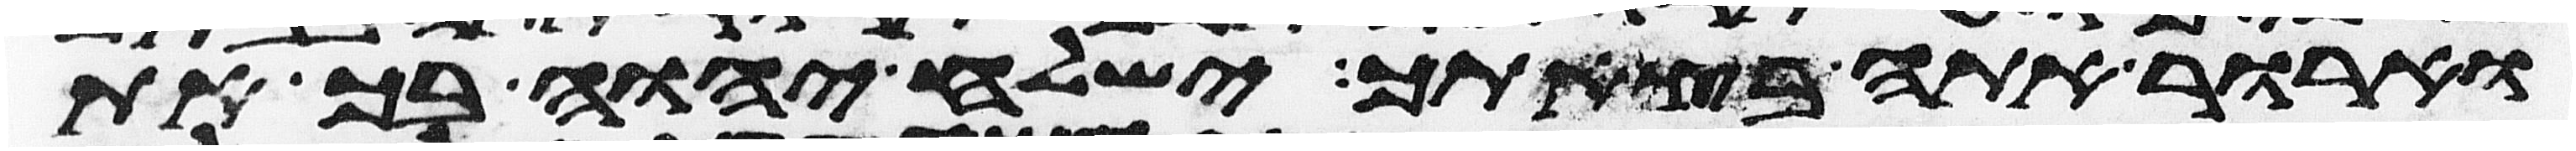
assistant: וארור אתה בצאתך ישלח יהוה בך את